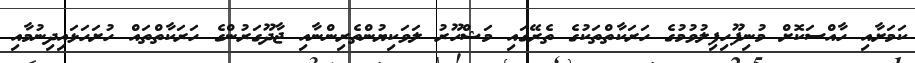
ކަމަށާއި ހާއްސަކޮށް މުނިފޫހިފިލުވުމުގެ ހަރަކާތްތަކުގެ ތެރޭގައި މަޝްހޫރު ލަވަކިޔުންތެރިންނާއި ޖާދޫގަރުންގެ ހަރަކާތްތައް ހުށަހަޅައިދިނުމާއި